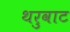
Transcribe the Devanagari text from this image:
थरुवाट